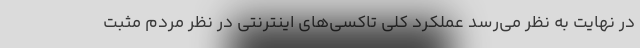
در نهایت به نظر می‌رسد عملکرد کلی تاکسی‌های اینترنتی در نظر مردم مثبت